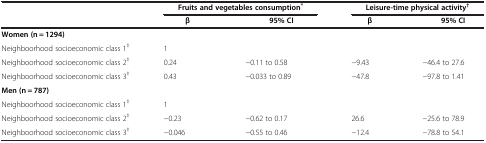
<table><thead><tr><td><b> </b></td><td colspan="2"><b>Fruits and vegetables consumption<sup>*</sup></b></td><td colspan="2"><b>Leisure-time physical activity<sup>†</sup></b></td></tr><tr><td><b> </b></td><td><b>β</b></td><td><b>95% CI</b></td><td><b>β</b></td><td><b>95% CI</b></td></tr></thead><tbody><tr><td><b>Women (n = 1294)</b></td><td> </td><td> </td><td> </td><td> </td></tr><tr><td>Neighboorhood socioeconomic class 1<sup>‡</sup></td><td>1</td><td> </td><td> </td><td> </td></tr><tr><td>Neighboorhood socioeconomic class 2<sup>‡</sup></td><td>0.24</td><td>−0.11 to 0.58</td><td>−9.43</td><td>−46.4 to 27.6</td></tr><tr><td>Neighboorhood socioeconomic class 3<sup>‡</sup></td><td>0.43</td><td>−0.033 to 0.89</td><td>−47.8</td><td>−97.8 to 1.41</td></tr><tr><td><b>Men (n = 787)</b></td><td> </td><td> </td><td> </td><td> </td></tr><tr><td>Neighboorhood socioeconomic class 1<sup>‡</sup></td><td>1</td><td> </td><td> </td><td> </td></tr><tr><td>Neighboorhood socioeconomic class 2<sup>‡</sup></td><td>−0.23</td><td>−0.62 to 0.17</td><td>26.6</td><td>−25.6 to 78.9</td></tr><tr><td>Neighboorhood socioeconomic class 3<sup>‡</sup></td><td>−0.046</td><td>−0.55 to 0.46</td><td>−12.4</td><td>−78.8 to 54.1</td></tr></tbody></table>